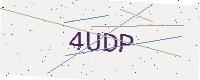
Text: 4UDP